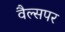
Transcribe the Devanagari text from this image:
वैल्सपर